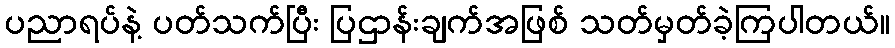
ပညာရပ်နဲ့ ပတ်သက်ပြီး ပြဌာန်းချက်အဖြစ် သတ်မှတ်ခဲ့ကြပါတယ်။